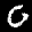
Label: 0